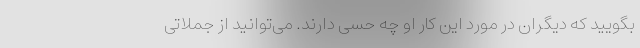
بگویید که دیگران در مورد این کار او چه حسی دارند. می‌توانید از جملاتی